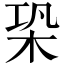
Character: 𣑦